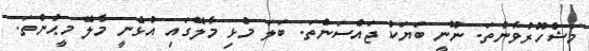
މަޝްހޫރުވާންތަ. ނޫނީ ބަޔަކު ޖައްސަންތަ. ބަލަ މުޅި މާލޭގައި އުޅެނީ މާލޭ މީޙުންތަ.